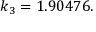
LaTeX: k _ { 3 } = 1 . 9 0 4 7 6 .